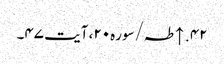
۴۲. ↑ طہ/سوره۲۰، آیت ۴۷۔